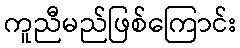
ကူညီမည်ဖြစ်ကြောင်း